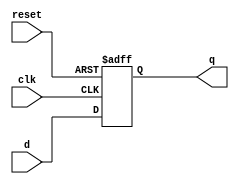
module register7(input wire clk, input wire reset, input wire [6:0] d, output [6:0] q);
    // signal declaration
    reg [6:0] q_reg;
    wire [6:0] q_next;

    // state register
    always @(posedge clk, posedge reset) begin
        if(reset) q_reg <= 7'b0000_000;
        else q_reg <= q_next;
    end

    // next state logic
    assign q_next = d;

    // output logic
    assign q = q_reg;
endmodule